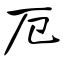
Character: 厄